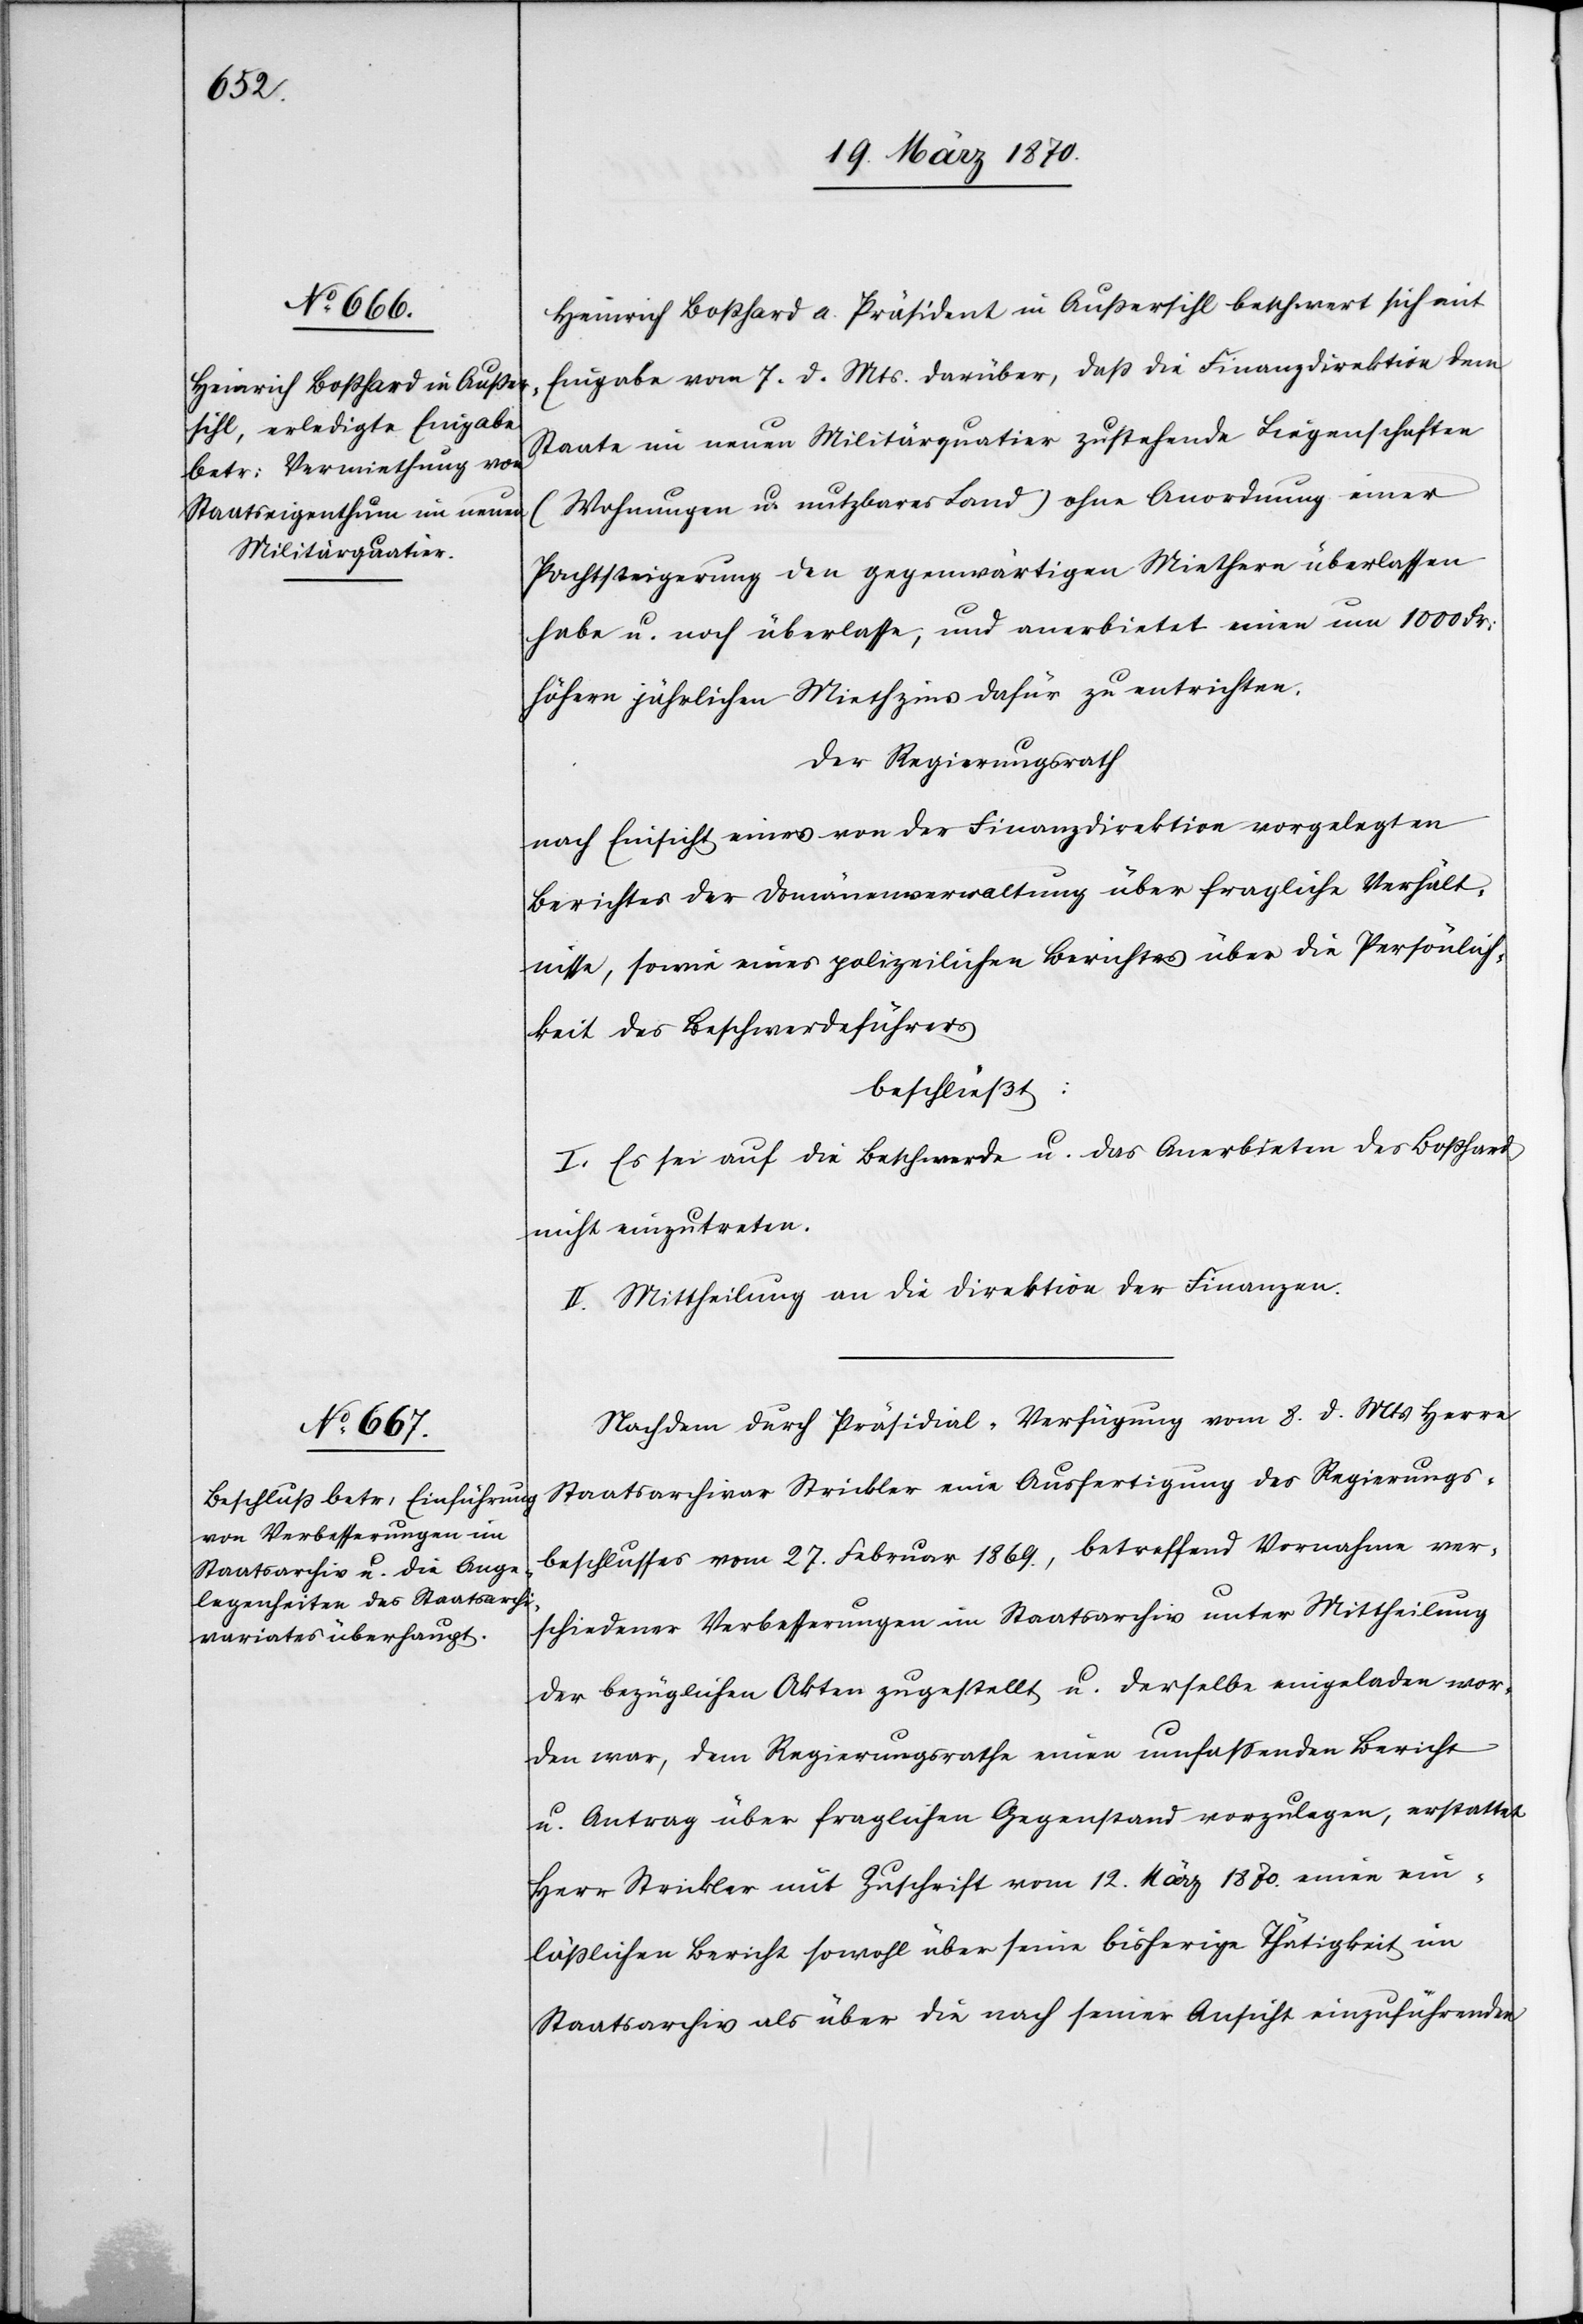
Heinrich Boßhard a. Präsident in Außersihl beschwert sich mit
Eingabe vom 7. d. Mts. darüber, daß die Finanzdirektion dem
Staate im neuen Militärquatier [sic!] zustehende Liegenschaften
(Wohnungen u. nutzbares Land) ohne Anordnung einer
Pachtsteigerung den gegenwärtigen Miethern überlassen
habe u. noch überlasse, und anerbietet einen um 1000 Frk:
höhern jährlichen Miethzins dafür zu entrichten.
Der Regierungsrath
nach Einsicht eines von der Finanzdirektion vorgelegten
Berichtes der Domänenverwaltung über fragliche Verhält¬
nisse, sowie eines polizeilichen Berichtes über die Persönlich¬
keit des Beschwerdeführers
beschließt:
I. Es sei auf die Beschwerde u. das Anerbieten des Boßhard
nicht einzutreten.
II. Mittheilung an die Direktion der Finanzen.
Nachdem durch Präsidial-Verfügung vom 8. d. Mts Herrn
Staatsarchivar Strickler eine Ausfertigung des Regierungs¬
beschlusses vom 27. Februar 1869., betreffend Vornahme ver¬
schiedener Verbesserungen im Staatsarchiv unter Mittheilung
der bezüglichen Akten zugestellt u. derselbe eingeladen wor¬
den war, dem Regierungsrathe einen umfassenden Bericht
u. Antrag über fraglichen Gegenstand vorzulegen, erstattet
Herr Strickler mit Zuschrift vom 12. März 1870. einen ein¬
läßlichen Bericht sowohl über seine bisherige Thätigkeit im
Staatsarchiv als über die nach seiner Ansicht einzuführenden